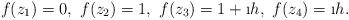
LaTeX: \begin{align*}f(z_1)= 0,\ f(z_2)=1,\ f(z_3)=1+\i h,\ f(z_4)= \i h.\end{align*}